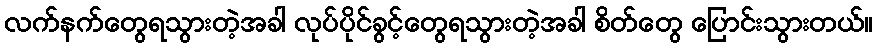
လက်နက်တွေရသွားတဲ့အခါ လုပ်ပိုင်ခွင့်တွေရသွားတဲ့အခါ စိတ်တွေ ပြောင်းသွားတယ်။